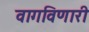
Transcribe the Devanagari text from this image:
वागविणारी